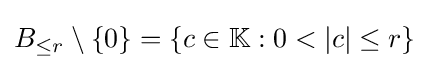
B_{\leq r}\setminus \{0\}=\{c\in \mathbb {K} :0<|c|\leq r\}